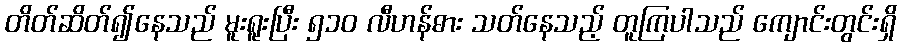
တိတ်ဆိတ်၍နေသည် မူးရူးပြီး ၅၁၀ လီဟန်ဓား သတ်နေသည့် တူကြပါသည် ကျောင်းတွင်းရှိ